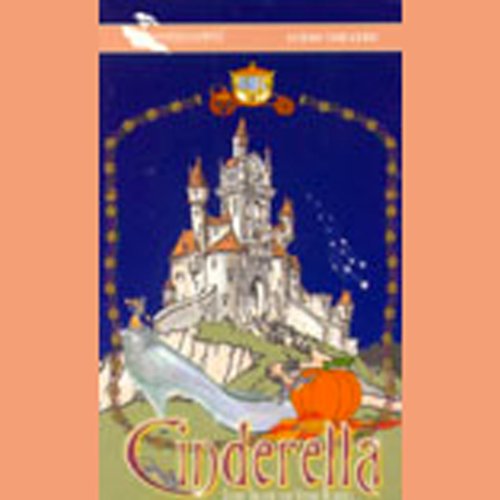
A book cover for Cinderella (Dramatized); Brothers Grimm; Literature & Fiction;